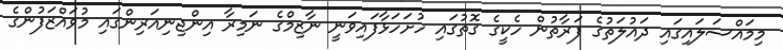
މިމައްސަލައިގައި ދައުލަތުގެ ފަރާތުން ހެކީގެ ގޮތުގައި ހުށަހަޅާފައިވަނީ ނާޒިމްގެ ނަމިރާ އިންޖިނިއަރިންގައި މުވައްޒަފުންގެ